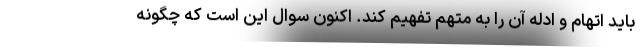
بايد اتهام و ادله آن را به متهم تفهيم كند. اكنون سوال اين است كه چگونه